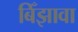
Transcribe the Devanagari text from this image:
बिँझावा